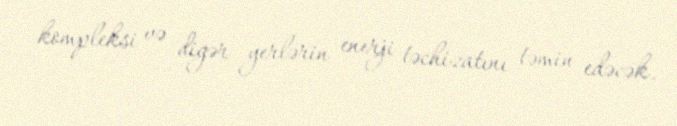
kompleksi və digər yerlərin enerji təchizatını təmin edəcək.